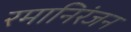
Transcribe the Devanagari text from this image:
रमानिरंजन